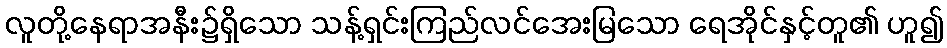
လူတို့နေရာအနီး၌ရှိသော သန့်ရှင်းကြည်လင်အေးမြသော ရေအိုင်နှင့်တူ၏ ဟူ၍